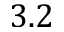
3 . 2